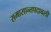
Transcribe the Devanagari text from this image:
समासान्तपदावली